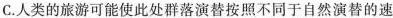
C. 人类的旅游可能使此处群落演替按照不同于自然演替的速